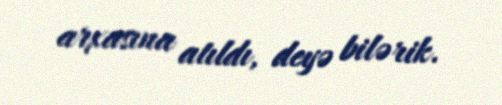
arxasına atıldı, deyə bilərik.